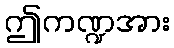
ဤကဏ္ဍအား